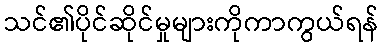
သင်၏ပိုင်ဆိုင်မှုများကိုကာကွယ်ရန်